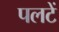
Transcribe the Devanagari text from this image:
पलटें